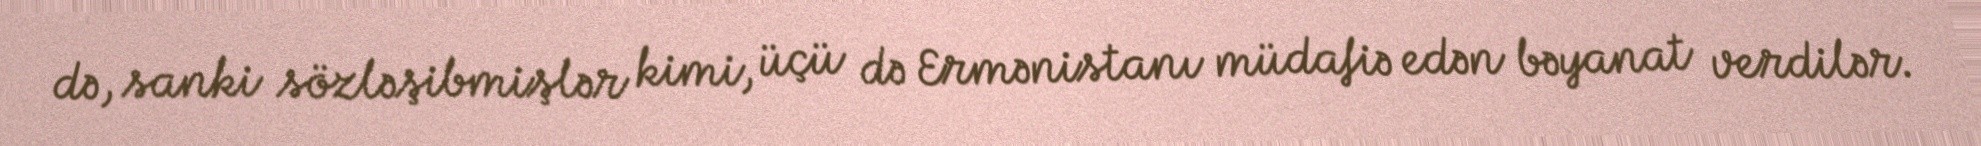
də, sanki sözləşibmişlər kimi, üçü də Ermənistanı müdafiə edən bəyanat verdilər.